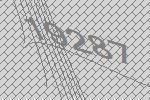
19287